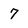
Character: 7